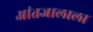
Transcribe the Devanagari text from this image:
आंतजालाला